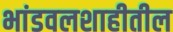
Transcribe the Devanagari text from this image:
भांडवलशाहीतील